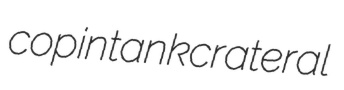
copintank crateral